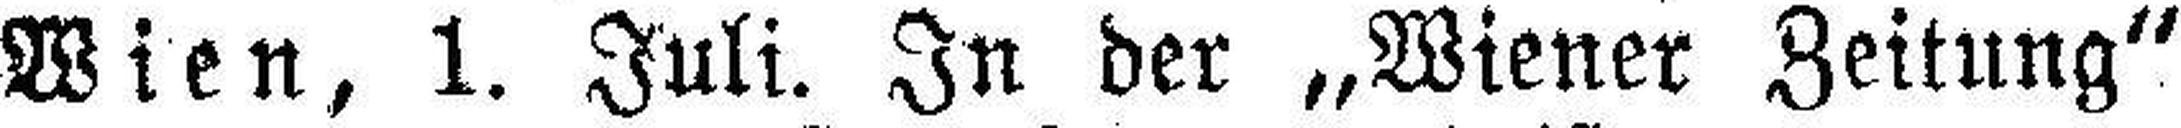
Wien, 1. Juli. In der „Wiener Zeitung“